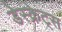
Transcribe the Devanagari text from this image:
डेस्क्रेट्स